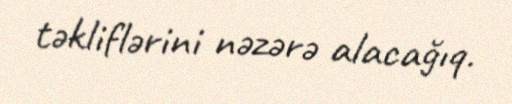
təkliflərini nəzərə alacağıq.